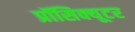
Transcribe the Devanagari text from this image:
प्रॉसिक्यूटर